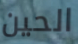
الحين